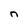
Character: n